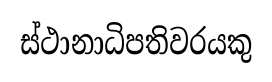
ස්ථානාධිපතිවරයකු